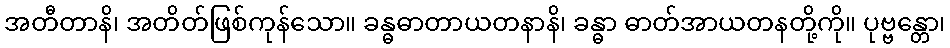
အတီတာနိ၊ အတိတ်ဖြစ်ကုန်သော။ ခန္ဓဓာတာယတနာနိ၊ ခန္ဓာ ဓာတ်အာယတနတို့ကို။ ပုဗ္ဗန္တော၊